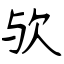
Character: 欤